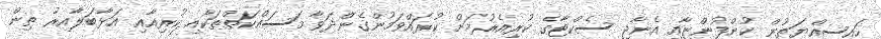
ހައިސިއްޔަތުން ކުންފުންޏާއި އެނާޖީ ސެކްޓާގެ ކުރިއެރުމަށް ކުރައްވަމުންގެންދަވާ މަސައްކަތްތަކާއި ކުރިއާއި އަޅާބަލާއިރު ތިން